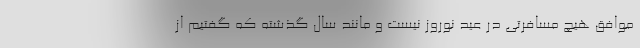
موافق هیچ مسافرتی در عید نوروز نیست و مانند سال گذشته که گفتیم از